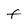
Character: t